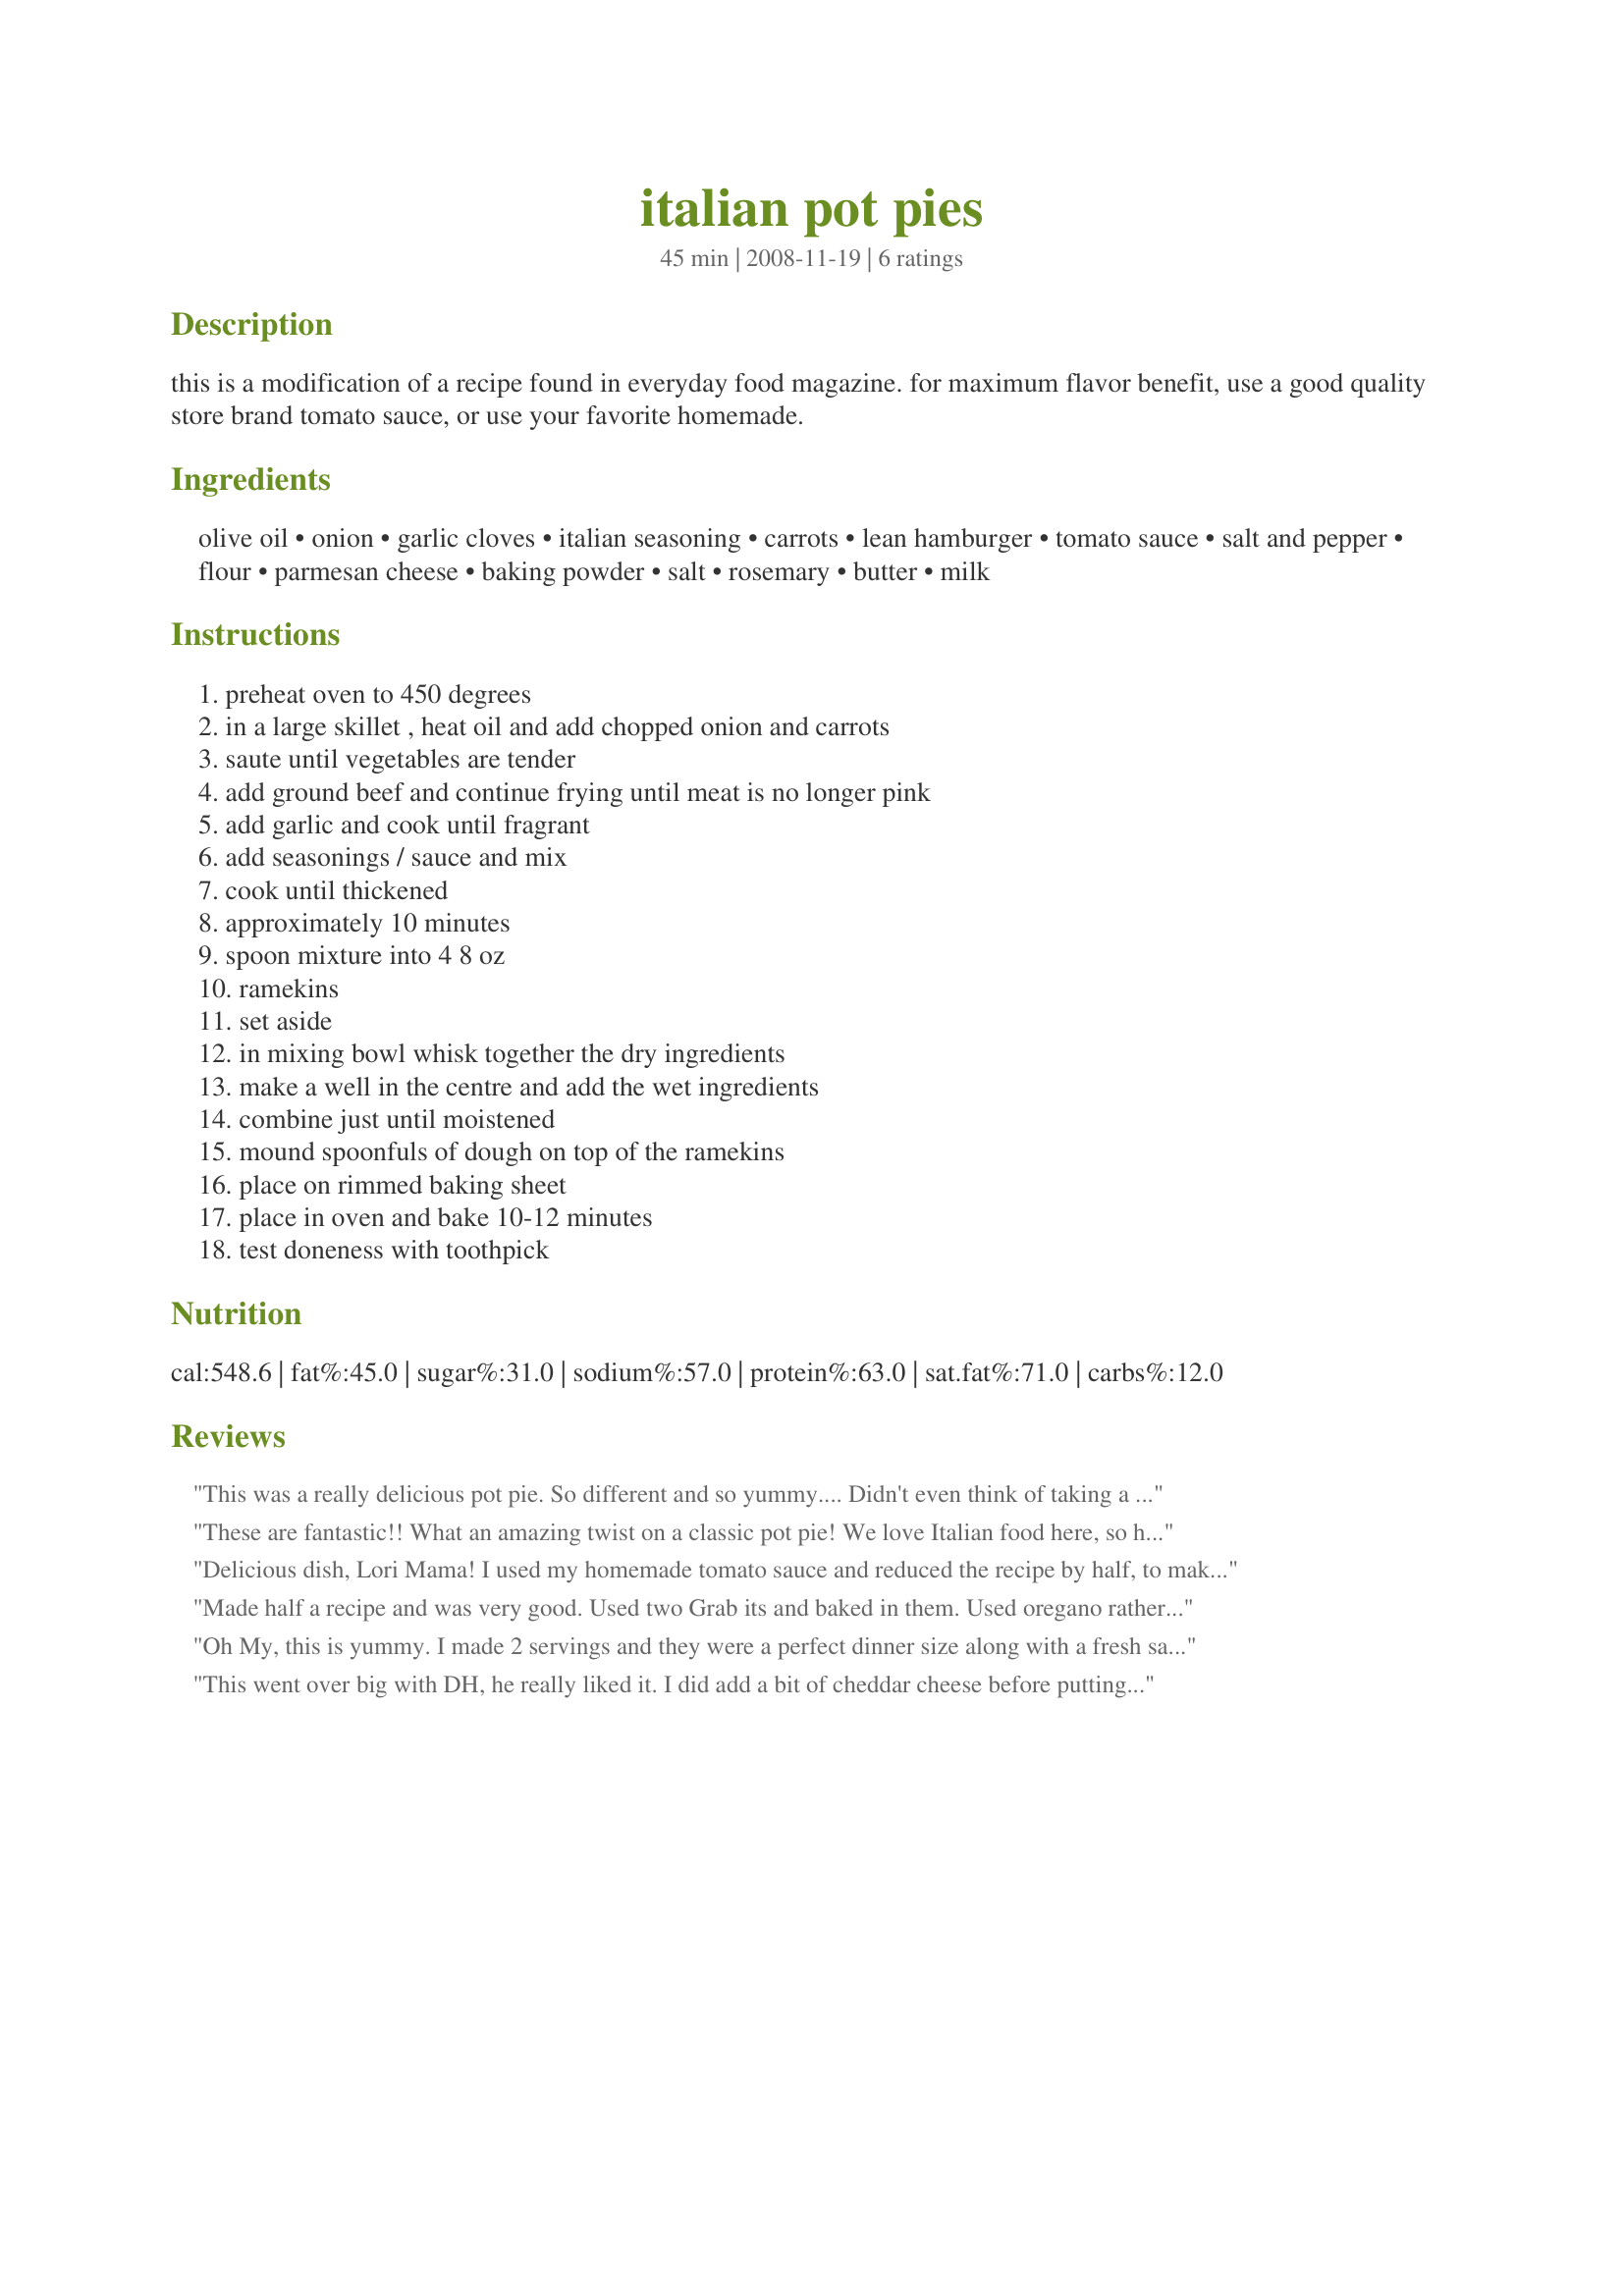
italian pot pies
Preparation time: 45 minutes

this is a modification of a recipe found in everyday food magazine. for maximum flavor benefit, use a good quality store brand tomato sauce, or use your favorite homemade.

Ingredients:
olive oil, onion, garlic cloves, italian seasoning, carrots, lean hamburger, tomato sauce, salt and pepper, flour, parmesan cheese, baking powder, salt, rosemary, butter, milk

Steps:
preheat oven to 450 degrees, in a large skillet , heat oil and add chopped onion and carrots, saute until vegetables are tender, add ground beef and continue frying until meat is no longer pink, add garlic and cook until fragrant, add seasonings / sauce and mix, cook until thickened, approximately 10 minutes, spoon mixture into 4 8 oz, ramekins, set aside, in mixing bowl whisk together the dry ingredients, make a well in the centre and add the wet ingredients, combine just until moistened, mound spoonfuls of dough on top of the ramekins, place on rimmed baking sheet, place in oven and bake 10-12 minutes, test doneness with toothpick

Reviews:
This was a really delicious pot pie. So different and so yummy.... Didn't even think of taking a pic so the meat mixture shows, I just kept munching it. I had cooked the meat mixture the night before because I wanted to have this for lunch. And brought all the ingredients for the topping separately to work and finished it there. Just put the meat mixture on the stove to warm it back up and put the topping on and baked. The flavor was absolutely fantastic and will definitely make again. Have to agree a good quality tomato sauce will make a big difference, and I also think a freshly grated parmesan is a definite must. (meaning not the green container) Thanks so much for sharing your recipe Lori Mama...this was MMM MMM good !!!
These are fantastic!! What an amazing twist on a classic pot pie! We love Italian food here, so had pretty much guessed we would love these, but they really were amazing and so easy to make.
Delicious dish, Lori Mama! I used my homemade tomato sauce and reduced the recipe by half, to make 2 servings. We enjoyed this different take on a pot pie. I must admit to mixing a bit of mozzarella into the meat mixture before topping, but we&#039;ll just keep that between us, right? Thanks for sharing!
Made half a recipe and was very good. Used two Grab its and baked in them. Used oregano rather than rosemary but otherwise followed the recipe and adding 8 slices pepperoni. Very filling and quick meal with a salad.
Oh My, this is yummy. I made 2 servings and they were a perfect dinner size along with a fresh salad. Used Parm shreds fresh from the deli and it was a delight. There are layers of marvelous flavors that manage to make themselves nicely noticed while playing very nicely with their neighbors. It was a hit at our house.
This went over big with DH, he really liked it. I did add a bit of cheddar cheese before putting the biscuit topping on. A simple recipe and something a bit different to do with a pound of ground beef. Made for Spring PAC 2014!
